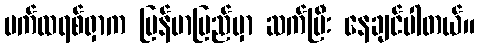
ပက်ထရစ်ရှာက မြန်မာပြည်မှာ ဆက်ပြီး နေချင်ပါတယ်။